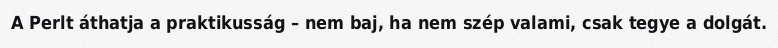
A Perlt áthatja a praktikusság – nem baj, ha nem szép valami, csak tegye a dolgát.